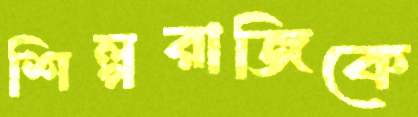
শিল্পরাজিকে